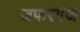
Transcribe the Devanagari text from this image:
जफरगंज